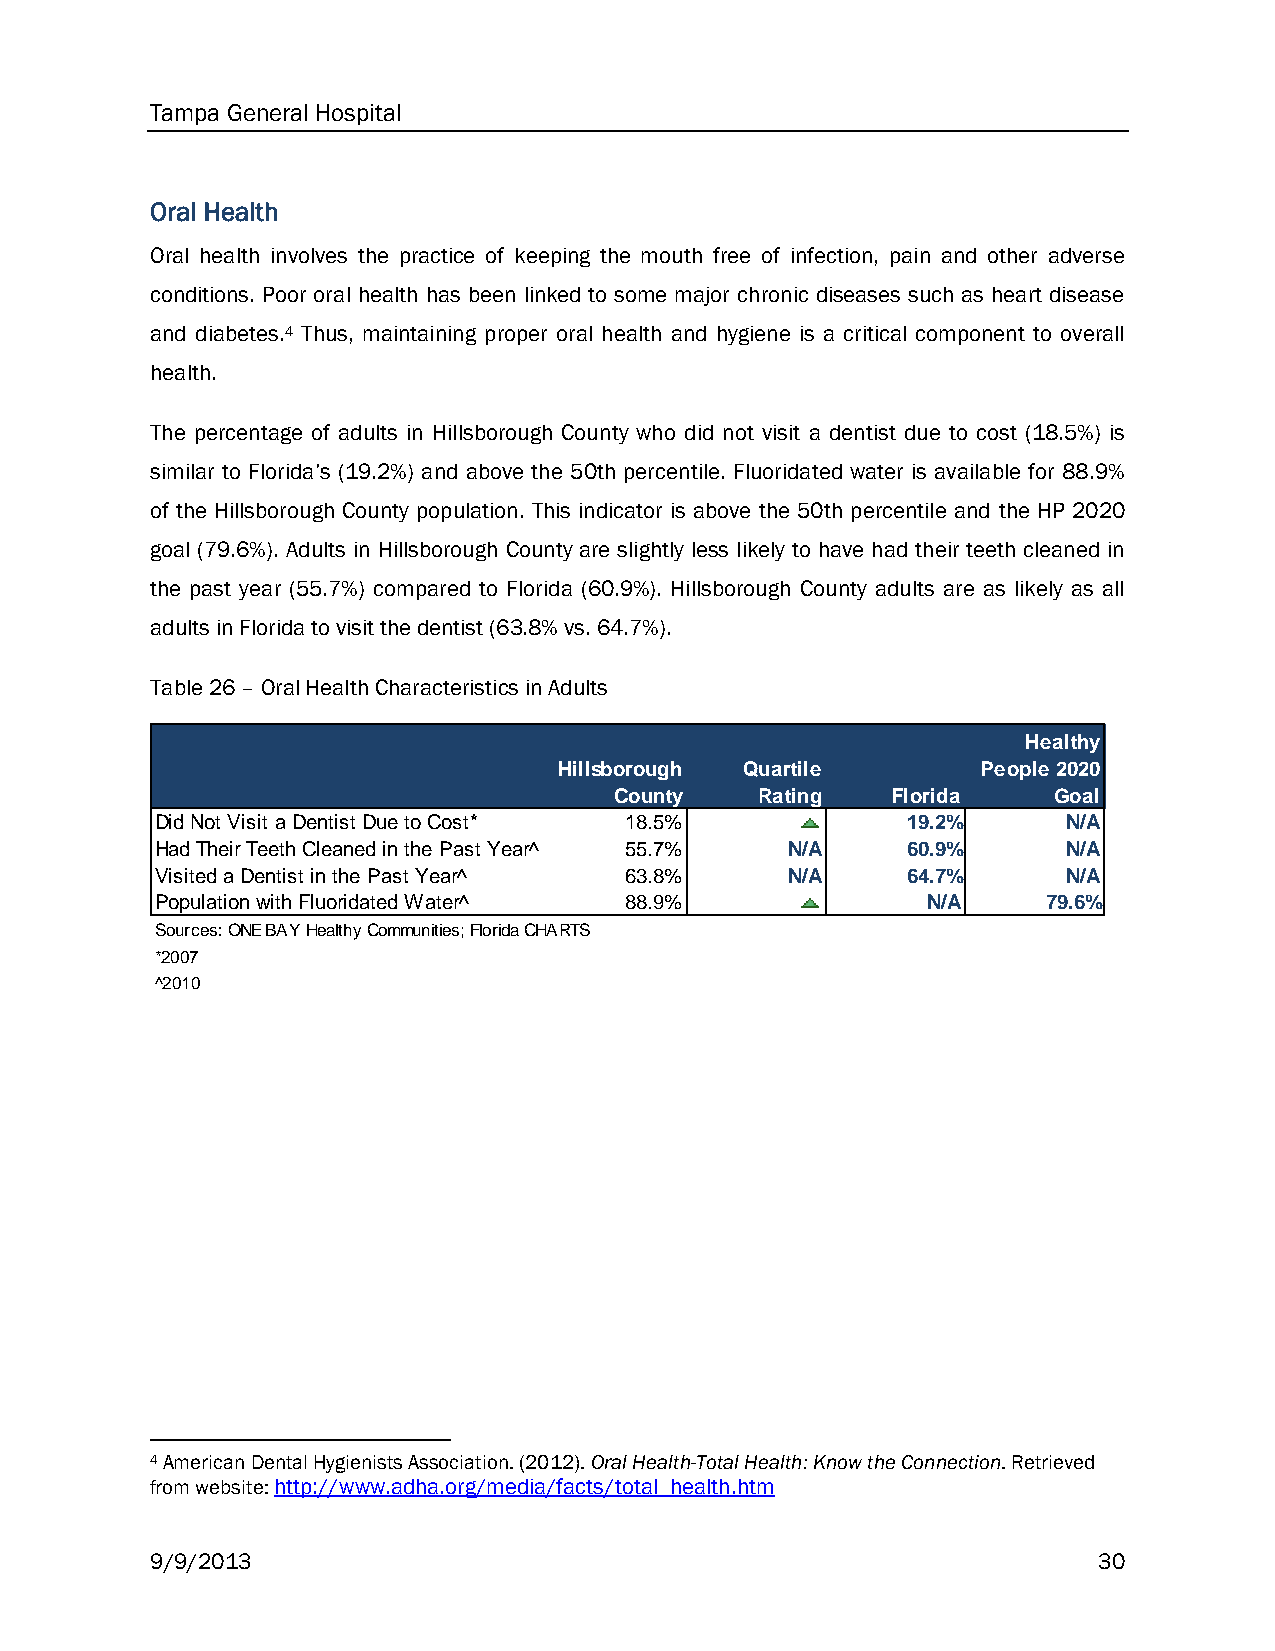
Tampa General Hospital
 Oral Health
 Oral health involves the practice of keeping the mouth free of infection, pain and other adverse
 conditions. Poor oral health has been linked to some major chronic diseases such as heart disease
 and diabetes.4 Thus, maintaining proper oral health and hygiene is a critical component to overall
 health.
 The percentage of adults in Hillsborough County who did not visit a dentist due to cost (18.5%) is
 similar to Florida’s (19.2%) and above the 50th percentile. Fluoridated water is available for 88.9%
 of the Hillsborough County population. This indicator is above the 50th percentile and the HP 2020
 goal (79.6%). Adults in Hillsborough County are slightly less likely to have had their teeth cleaned in
 the past year (55.7%) compared to Florida (60.9%). Hillsborough County adults are as likely as all
 adults in Florida to visit the dentist (63.8% vs. 64.7%).
 Table 26 – Oral Health Characteristics in Adults
 Healthy
 Hillsborough Quartile       People 2020
 County   Rating   Florida    Goal
 Did Not Visit a Dentist Due to Cost* 18.5%        19.2%      N/A
 Had Their Teeth Cleaned in the Past Year^ 55.7% N/A 60.9%    N/A
 Visited a Dentist in the Past Year^ 63.8% N/A     64.7%      N/A
 Population with Fluoridated Water^ 88.9%           N/A     79.6%
 Sources: ONE BAY Healthy Communities; Florida CHARTS
 *2007
 ^2010
 4 American Dental Hygienists Association. (2012). Oral Health-Total Health: Know the Connection. Retrieved
 from website: http://www.adha.org/media/facts/total_health.htm
 9/9/2013                                                       30